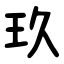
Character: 玖